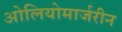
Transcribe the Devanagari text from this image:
ओलियोमार्जरीन